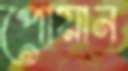
পোয়ান